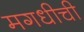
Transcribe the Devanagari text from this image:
मगधीची